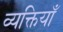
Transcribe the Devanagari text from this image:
व्यक्तियाँ